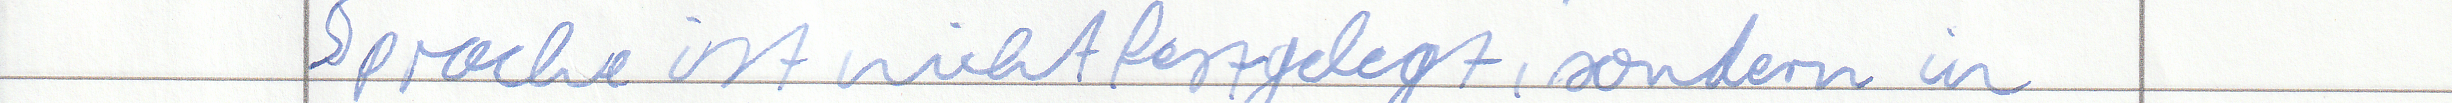
Sprache ist nicht festgelegt, sondern in